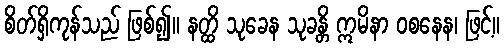
စိတ်ရှိကုန်သည် ဖြစ်၍။ နတ္ထိ သုခေန သုခန္တိ ဣမိနာ ဝစနေန၊ ဖြင့်။